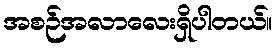
အစဉ်အလာလေးရှိပါတယ်။